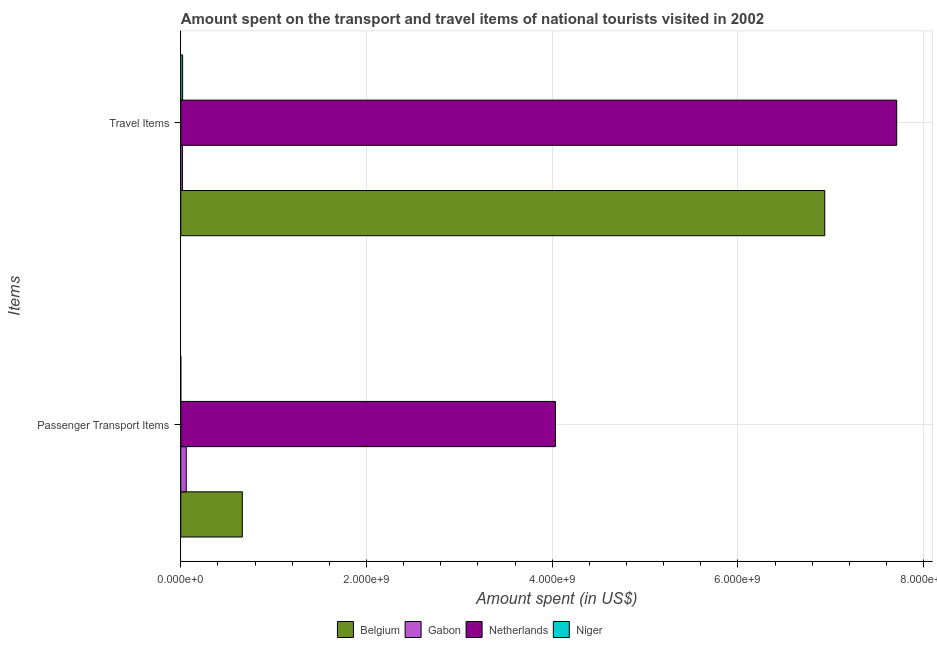
| Items | Belgium | Gabon | Netherlands | Niger |
 | --- | --- | --- | --- | --- |
 | Passenger Transport Items | 6.63e+08 | 5.9e+07 | 4.04e+09 | 2e+05 |
 | Travel Items | 6.94e+09 | 1.8e+07 | 7.71e+09 | 2e+07 |